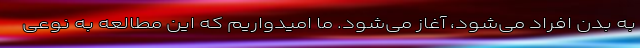
به بدن افراد می‌شود، آغاز می‌شود. ما امیدواریم که این مطالعه به نوعی